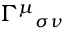
\Gamma ^ { \mu } { } _ { \sigma \nu }